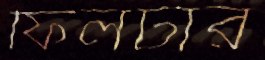
ফিলটার